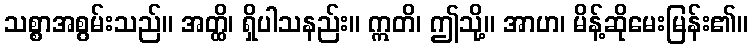
သစ္စာအစွမ်းသည်။ အတ္ထိ၊ ရှိပါသနည်း။ ဣတိ၊ ဤသို့။ အာဟ၊ မိန့်ဆိုမေးမြန်း၏။